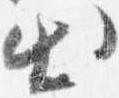
出